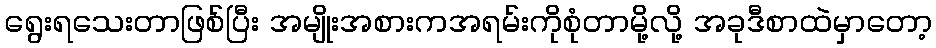
ရွေးရသေးတာဖြစ်ပြီး အမျိုးအစားကအရမ်းကိုစုံတာမို့လို့ အခုဒီစာထဲမှာတော့